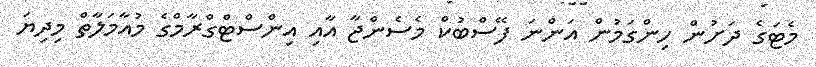
މެޓަގެ ދަށުން ހިންގަމުން އަންނަ ފޭސްބުކް މެސެންޖާ އާއި އިންސްޓްގްރާމްގެ މުއާމަލާތް މިދިޔަ